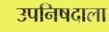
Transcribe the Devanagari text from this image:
उपनिषदाला